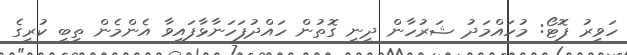
ހަވީރު ފޮޓޯ: މުހައްމަދު ޝަރުހާން ދީނީ ގޮތުން ހައްދުފަހަނާޅާފައިވާ އެންމެން ތިބީ ކުރީގެ